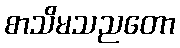
စာသိမသညတော